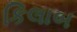
કિલાબ